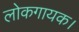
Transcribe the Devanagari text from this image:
लोकगायक।